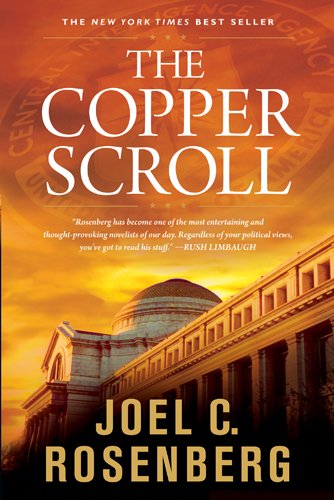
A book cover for The Copper Scroll; Joel C. Rosenberg; Christian Books & Bibles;